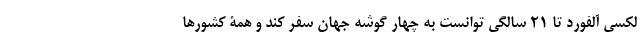
لکسی آلفورد تا ۲۱ سالگی توانست به چهار گوشه جهان سفر کند و همۀ کشورها